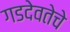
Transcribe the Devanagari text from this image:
गडदेवतेचे